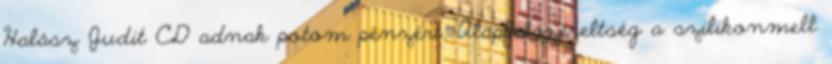
Halász Judit CD adnak potom pénzért. Alapfelszereltség a szilikonmell